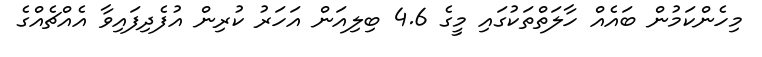
މިހެންކަމުން ބައެއް ހާލަތްތަކުގައި މީގެ 4.6 ބިލިއަން އަހަރު ކުރިން އުފެދިފައިވާ އެއްޗެއްގެ